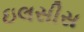
ઇલસીસ